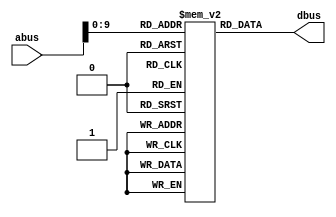

module InstMemory2 (input [12:0] abus, output reg [15:0] dbus);
  
  reg [15:0] im_array [0:1023];
  always @(abus) dbus = im_array[abus];
  
  initial begin 
    im_array [0]  = 16'h0000; // LDA, dm[0] = 5 in AC, Ac = 5
    im_array [1]  = 16'h4001; // ADD, add AC with dm[1], AC= 5 + 1 = 6
    im_array [2]  = 16'h2002; // STA, store Ac in dm[2], dm[2] = 6
    im_array [3]  = 16'h6003; // SUB, Sub AC from dm[3], AC = 6-6 = 0;
    im_array [4]  = 16'hA007; // JEZ, jump to address 7 if AC = 0;
    im_array [5]  = 16'h0000;
    im_array [6]  = 16'h0000;
    im_array [7]  = 16'hC00B; // LDI, load 16'h000B in AC
    im_array [8]  = 16'h2004; // STA, store Ac in dm[4], dm[4] = 16'h000B
    im_array [9] = 16'hE000;  // Halt, hlat the system until start
    im_array [10] = 16'h8000; // JMP 0, jump to address 0 an all the above operations are executed again.
    
    
  end
endmodule 

//

module DataMemory2 (input rd, wr, input [12:0] abus, input [15:0] in_dbus, output reg [15:0] out_dbus);
  reg [15:0] dm_array [0:1023];
  
  always @(rd or abus)
    if (rd) out_dbus = dm_array [abus];
      
  always @ (wr or abus or in_dbus)
      if (wr) dm_array[abus] = in_dbus;
        
  initial begin 
	dm_array[0] = 16'h0005; 
	dm_array[1] = 16'h0001; 
	dm_array[2] = 16'h0000; 
	dm_array[3] = 16'h0006; 
	dm_array[4] = 16'h0000;
	dm_array[5] = 16'h0000; 
	dm_array[6] = 16'h0000; 
	dm_array[7] = 16'h0000; 
	dm_array[8] = 16'h0000; 
	dm_array[9] = 16'h0000;
	dm_array[10] = 16'h0000; 
	dm_array[11] = 16'h0000; 
	dm_array[12] = 16'h0000;
  end
endmodule